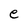
Character: e